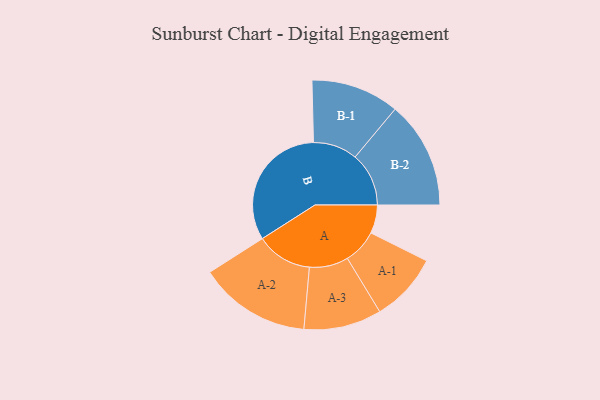
{"axis": {"x": "Segment", "y": "Value"}, "legend": ["", "A", "B"], "data": [{"x": "A", "y": 108, "type": ""}, {"x": "B", "y": 493, "type": ""}, {"x": "A-1", "y": 131, "type": "A"}, {"x": "A-2", "y": 213, "type": "A"}, {"x": "A-3", "y": 148, "type": "A"}, {"x": "B-1", "y": 168, "type": "B"}, {"x": "B-2", "y": 204, "type": "B"}]}